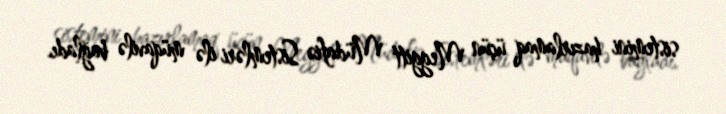
sistemini hazırlamaq üçün Meggitt Müdafiə Sistemləri ilə müqavilə bağladı.